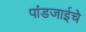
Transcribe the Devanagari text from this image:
पांडजाईचे